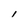
Character: l